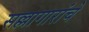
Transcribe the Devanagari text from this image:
सल्लागारांचे